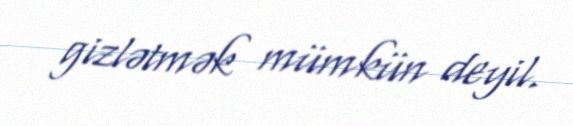
gizlətmək mümkün deyil.